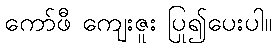
ကော်ဖီ ကျေးဇူး ပြု၍ပေးပါ။